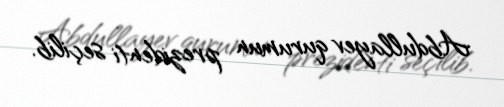
Abdullayev qurumun prezidenti seçilib.